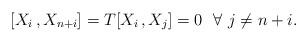
LaTeX: \begin{align*} [X_i\,,X_{n+i}]= T [X_i\,,X_{j}] = 0\ \ \forall\ j\neq n+i.\end{align*}